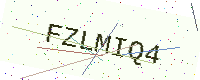
Text: FZLMIQ4